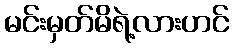
မင်းမှတ်မိရဲ့လားဟင်